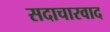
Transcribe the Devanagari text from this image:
सदाचारवाद